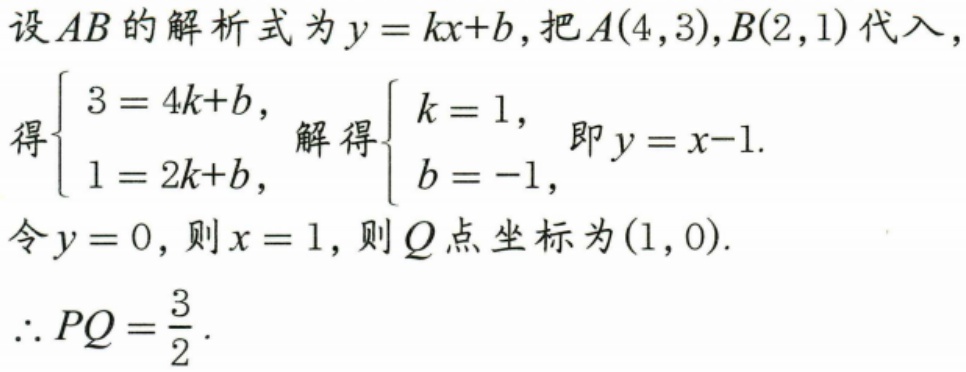
设\(AB\)的解析式为\(y = kx + b\)，把\(A(4,3)\)，\(B(2,1)\)代入，
得\(\begin{cases}3 = 4k + b,\\1 = 2k + b,\end{cases}\)解得\(\begin{cases}k = 1,\\b = -1,\end{cases}\)即\(y = x - 1\).
令\(y = 0\)，则\(x = 1\)，则\(Q\)点坐标为\((1,0)\).
\(\therefore PQ=\frac{3}{2}\).